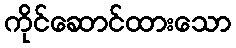
ကိုင်ဆောင်ထားသော